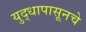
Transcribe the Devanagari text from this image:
युद्धापासूनचे